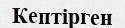
Кептірген